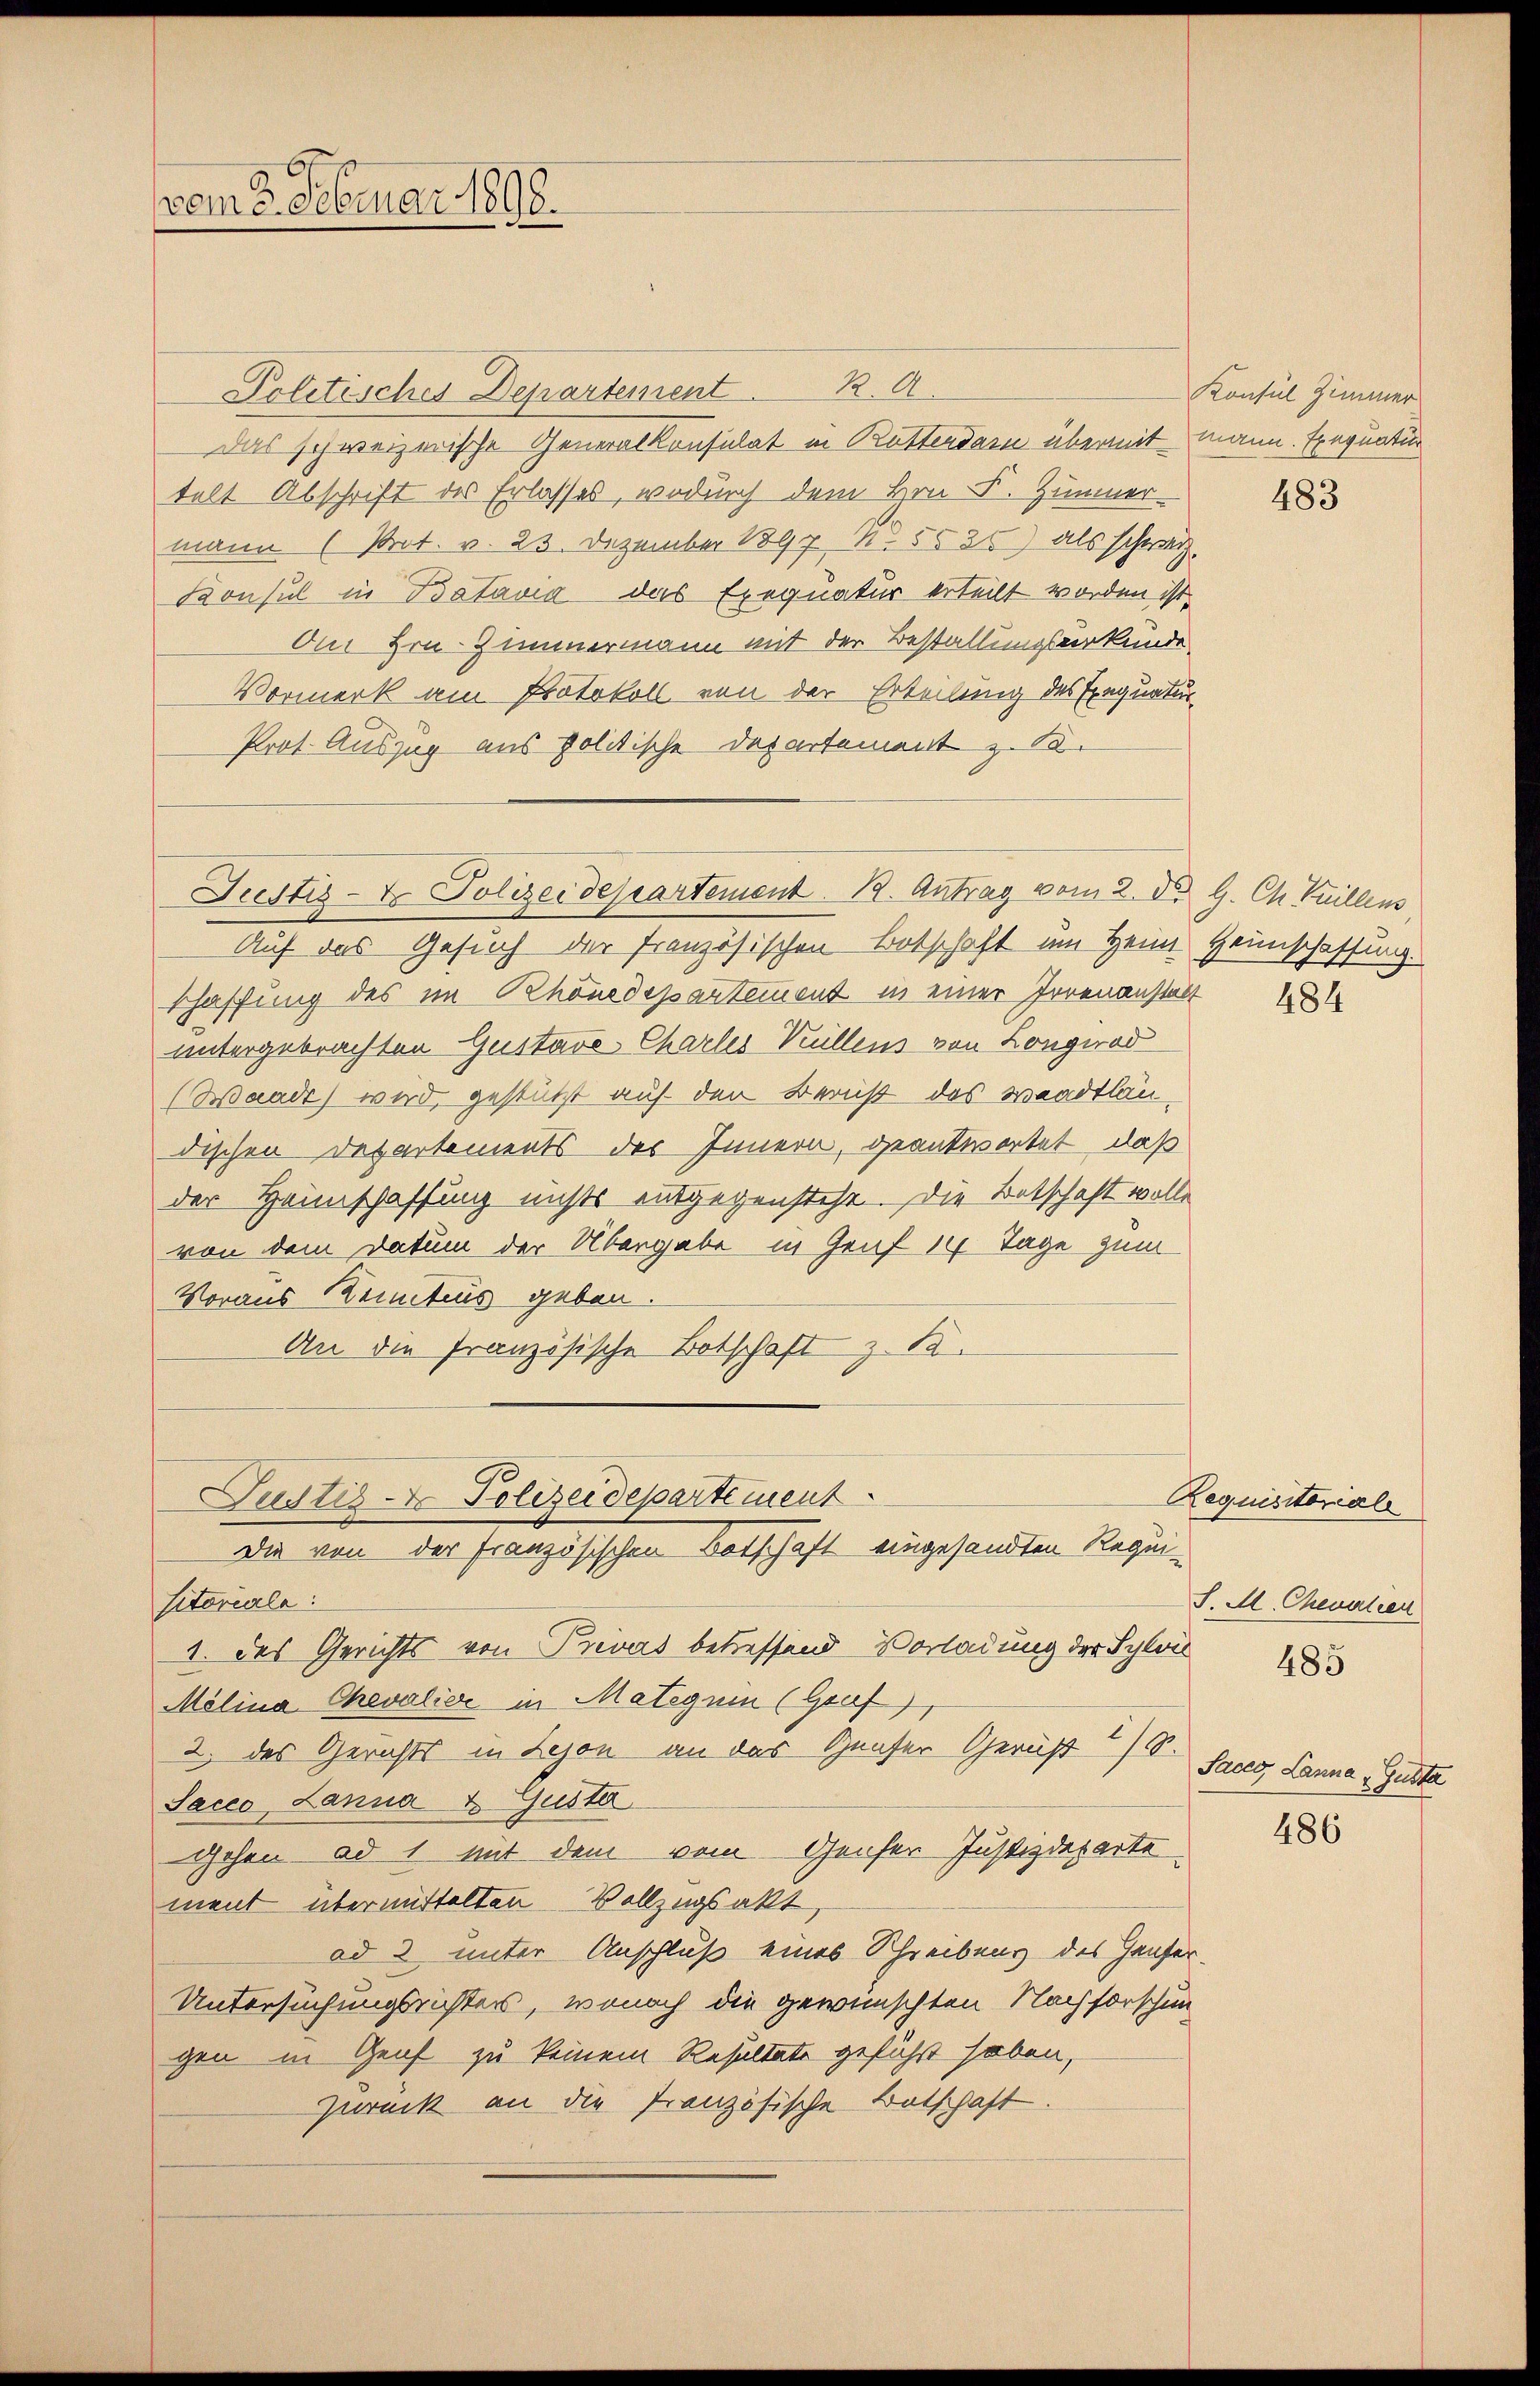
vom 2. Februar 1890.

Politisches Departement R. A
das schweizerische Generalkonsulat in Rutterdar übermit mann. Exequatur
telt Abschrift des Erlasses, wodurch dem Hrn. F. Zimmer
mann (Prot. v. 23. Dezember 1897, N. 5525) als schwarz
Konsul in Batavia das Exequatur erteilt worden ist.
An Hrn. Zimmermann mit der Bestallungsurkunde,
Vormerk am Protokoll von der Erteilung des Einquatur
Prot. Auszug aus politische Departement z. B.
Auf das Gesuch der französischen Botschaft im Heim Heinschaffung.
schaffung des im Rhönedepartement in einer Irrenanstalt
untergebrachten Gustave Charlei Küllens von Longerad
(Waadt) wird, gestützt auf der Bericht des Waadtländischen Departements des Innern, geantwortet, daß
der Hannschaffung nichts entgegenstehe. Die Betschaft wolle
von dem Datum der Übergabe in Genf 14 Tage zum
Voraus Kenntnus geben.
An die französische Botschaft z. S.
Pustiz- & Polizeidepartement
Die von der französischen Botschaft eingesandten Requi-
sitoriale:
1. das Gerichts von Privas betreffend Vorladung der Sylos 183
Mölina Chevalier in Mateguin (Graf
2. des Gerichts in Lejon an das Hauser Gericht) S.
Sacco, Lanna u. Gusta
gehen ad 1 mit dem vom Genfer Justizdeparte
ment übermittelten Vollzugsakt,
ad 2 unter Anschluß eines Schreibens des Hauser
Untersuchungsrichters, wonach die gewünschten Nachforschun
gen in Genf zu keinem Resultate geführt haben,
Zurück an die französische Botschaft.

Justiz- & Polizeidepartement. B. Antrag vom 2. d. 9. Ch. Tuillens

Konsul Zimmer

483

Requisitorials
S. M. Chevalien

Saceg Lanna Gusta

486